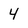
Character: 4